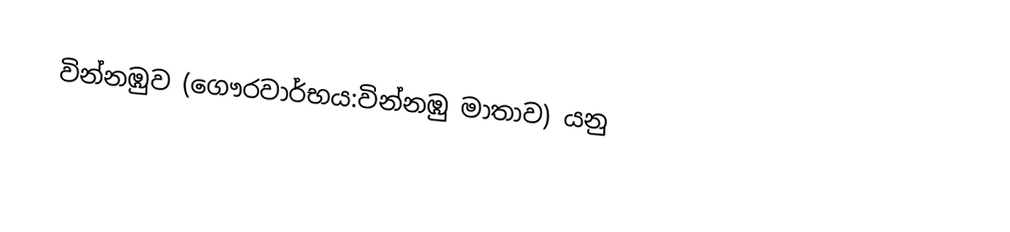
වින්නඹුව (ගෞරවාර්භය:වින්නඹු මාතාව) යනු